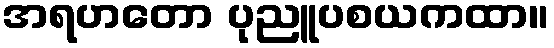
အရဟတော ပုညူပစယကထာ။